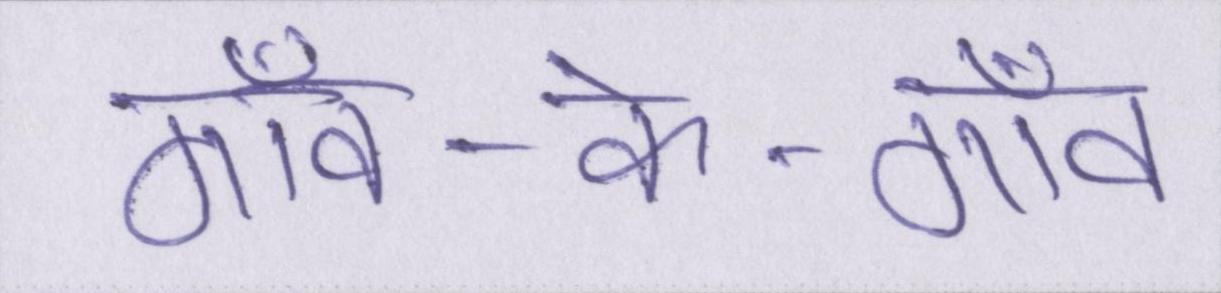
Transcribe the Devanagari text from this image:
गाँव-के-गाँव